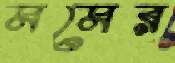
মমের